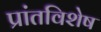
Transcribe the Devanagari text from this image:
प्रांतविशेष